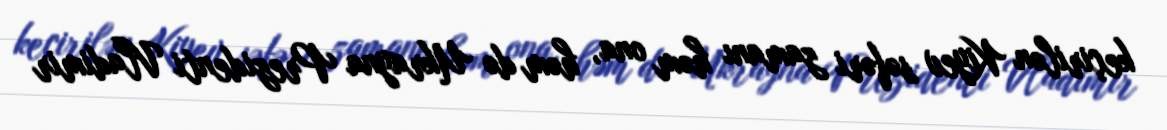
keçirilən Kiyev səfəri zamanı həm ona, həm də Ukrayna Prezidenti Vladimir